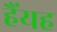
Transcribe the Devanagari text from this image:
हैंयह